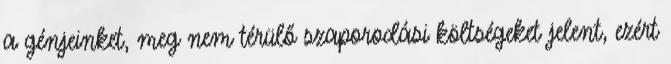
a génjeinket, meg nem térülő szaporodási költségeket jelent, ezért